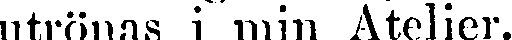
utrönas i min Atelier.